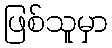
ဖြစ်သူမှာ